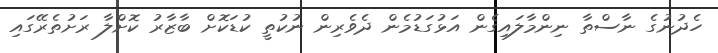
ހެދުނުގެ ނާސްތާ ނިންމާލައިގެން އަޅުގަޑުމެން ދެވެރިން ނުކުތީ ކުޑަކޮށް ބާޒާރު ކޮށްލާ ރަށުތެރޭގައި